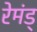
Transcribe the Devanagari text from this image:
रेमंड्